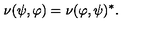
\nu ( \psi , \varphi ) = \nu ( \varphi , \psi ) ^ { * } .